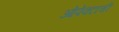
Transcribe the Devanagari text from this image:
ओपेक्टाची